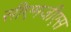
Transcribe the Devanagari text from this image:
सीएमजीएस